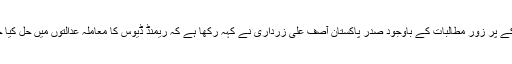
امریکہ کے پر زور مطالبات کے باوجود صدر پاکستان آصف علی زرداری نے کہہ رکھا ہے کہ ریمنڈ ڈیوس کا معاملہ عدالتوں میں حل کیا جائے گا۔